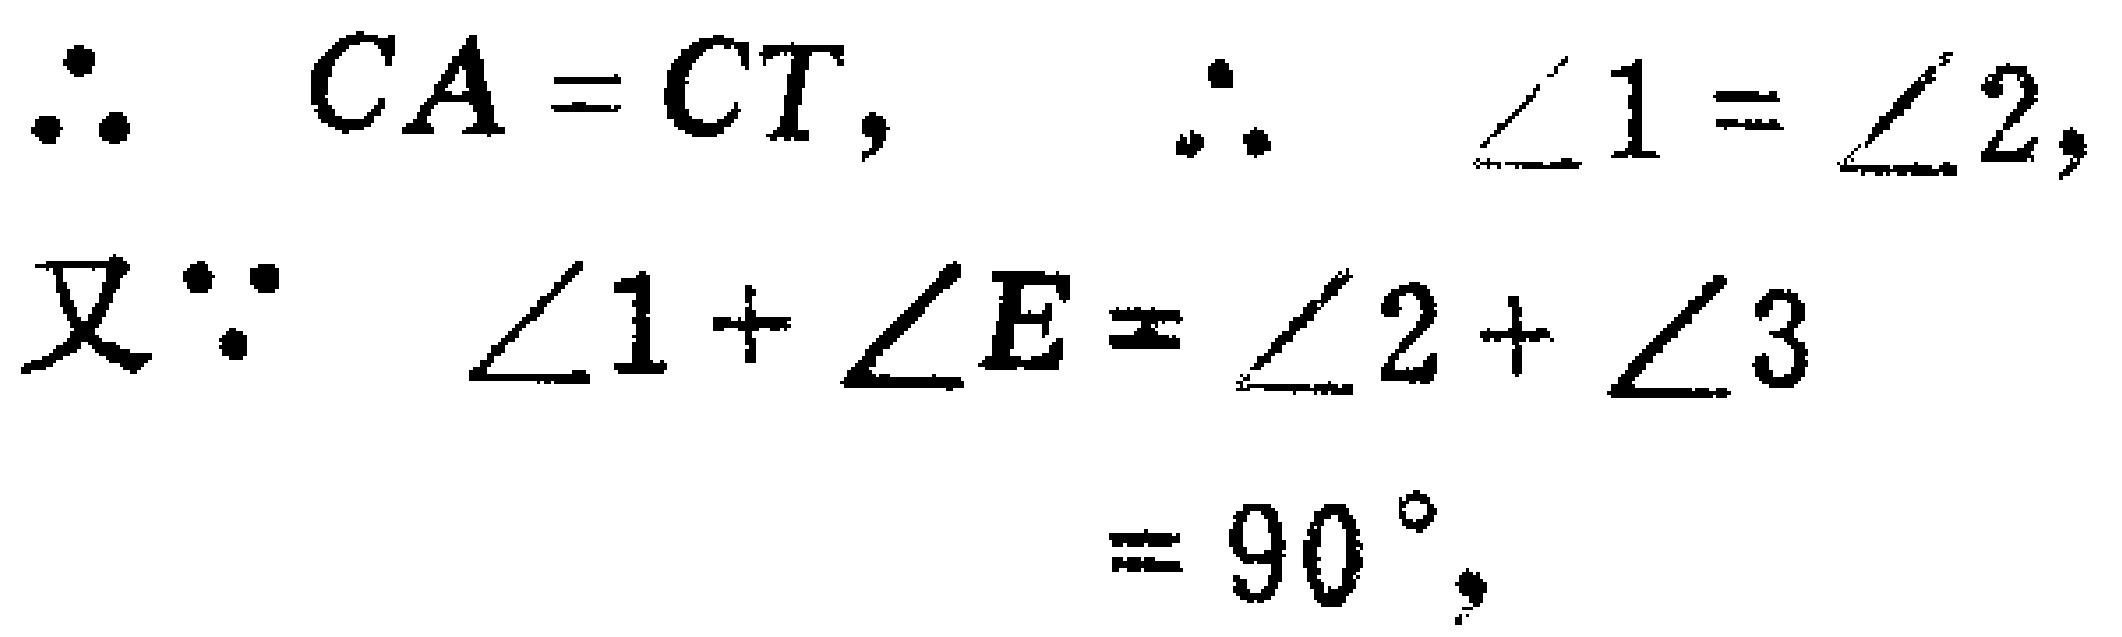
\(\because CA = CT, \therefore \angle 1=\angle 2,\)
又\(\because \angle 1+\angle E=\angle 2+\angle 3 = 90^{\circ},\)